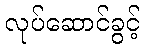
လုပ်ဆောင်ခွင့်